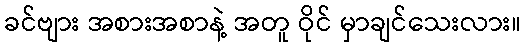
ခင်ဗျား အစားအစာနဲ့ အတူ ဝိုင် မှာချင်သေးလား။